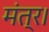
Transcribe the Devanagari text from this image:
मंत्र।